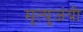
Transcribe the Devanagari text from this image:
मृत्युजंयी